Report of the Municipal Commissioner on the plague in Bombay for the year ending 31st May... - Volume 1
Disease focus: Plague
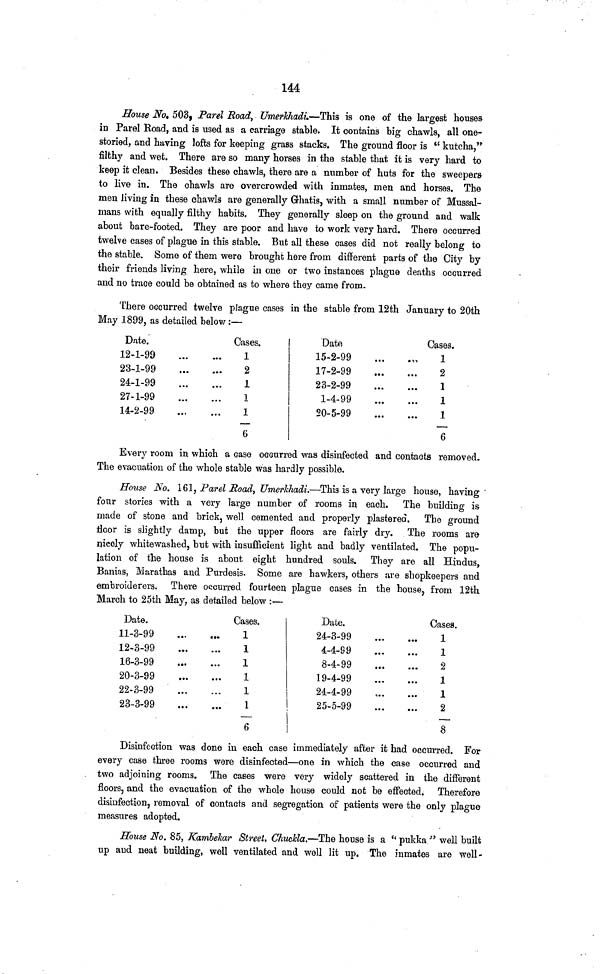
144
House No. 503, Parel Road, UmerJchadi.—This is one of the largest houses
in Parel Road, and is used as a carriage stable. It contains big chawls, all one-
storied, and having lofts for keeping grass stacks. The ground floor is " kutcha,"
filthy and wet. There are so many horses in the stable that it is very hard to
keep it clean. Besides these chawls, there are a number of huts for the sweepers
to live in. The chawls are overcrowded with inmates, men and horses. The
men living in these chawls are generally Ghatis, with a small number of Mussal-
mans with equally filthy habits. They generally sleep on the ground and walk
about bare-footed. They are poor and have to work very hard. There occurred
twelve cases of plague in this stable. But all these cases did not really belong to
the stable. Some of them were brought here from different parts of the City by
their friends living here, while in one or two instances plague deaths occurred
and no trace could be obtained as to where they came from.
There occurred twelve plague cases in the stable from 12th January to 20th
May 1899, as detailed below :—
Date.
12-1-99
23-1-99
24-1-99
27-1-99
14-2-99
Cases.
Date
1
2
1
1
1
6
15-2-99
17-2-99
23-2-99
1-4-99
20-5-99
Cases.
1
2
1
1
1
6
Every room in which a case occurred was disinfected and contacts removed.
The evacuation of the whole stable was hardly possible.
House No. 161, Parel Road, Umerkhadi.—This is a very large house, having
four stories with a very large number of rooms in each. The building is
made of stone and brick, well cemented and properly plastered. The ground
floor is slightly damp, but the upper floors are fairly dry. The rooms are
nicely whitewashed, but with insufficient light and badly ventilated. The popu-
lation of the house is about eight hundred souls. They are all Hindus,
Banias, Marathas and Purdesis. Some are hawkers, others are shopkeepers and
embroiderers. There occurred fourteen plague cases in the house, from 12th
March to 25th May, as detailed below :—
Date.
11-3-99
12-3-99
16-3-99
20-3-99
22-3-99
23-3-99
Cases.
1
1
1
1
1
1
6
Date.
24-3-99
4-4-99
8-4-99
19-4-99
24-4-99
25-5-99
Cases.
1
1
2
1
1
2
8
Disinfection was done in each case immediately after it had occurred. For
every case three rooms were disinfected—one in which the case occurred and
two adjoining rooms. The cases were very widely scattered in the different
floors, and the evacuation of the whole house could not be effected. Therefore
disinfection, removal of contacts and segregation of patients were the only plague
measures adopted.
House No. 85, Kambekar Street, Chuckla.—The house is a " pukka " well built
up and neat building, well ventilated and well lit up. The inmates are well-